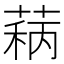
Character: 𬝦